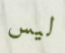
ليس